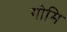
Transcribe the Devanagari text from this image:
गोमि